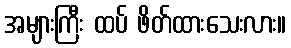
အများကြီး ထပ် ဖိတ်ထားသေးလား။